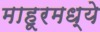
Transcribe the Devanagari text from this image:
माहूरमध्ये